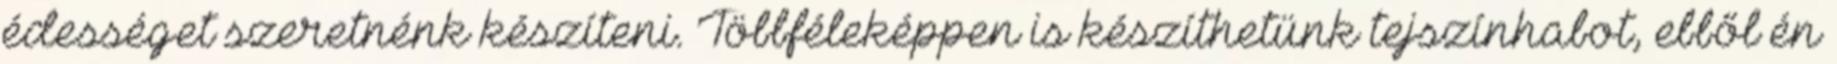
édességet szeretnénk készíteni. Többféleképpen is készíthetünk tejszínhabot, ebből én